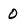
Character: 0